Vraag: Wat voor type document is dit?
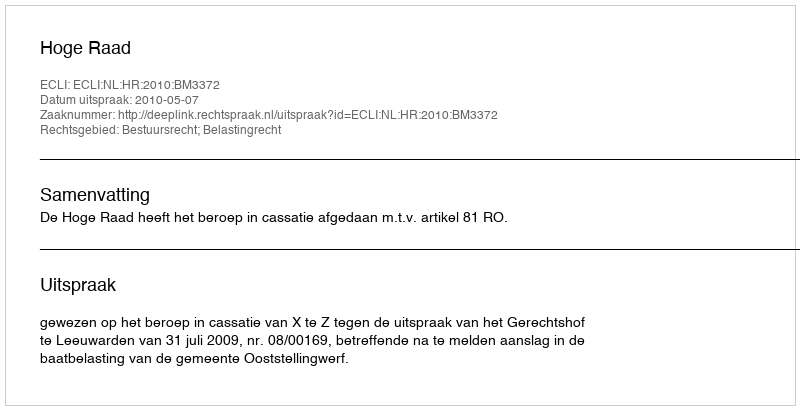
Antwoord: Uitspraak